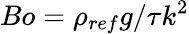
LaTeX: Bo=\rho_{ref}g/\tau k^{2}